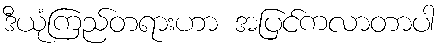
ဒီယုံကြည်တရားဟာ အပြင်ကလာတာပါ